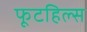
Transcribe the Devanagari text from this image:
फूटहिल्स